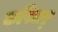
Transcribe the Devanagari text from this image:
कपिलर्